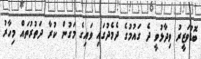
ބޮޑުވަޒީރު ވިދާޅުވީ ދެ ގައުމުގެ ދެމެދުގައި ވައިގެ މަގުން ކުރާ ދަތުރުތައް މިހާރު